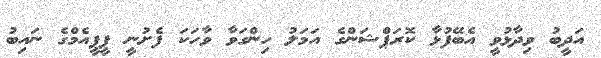
އަދީބު ވިދާޅުވީ އެބޭފުޅާ ކޮރަޕްޝަންގެ އަމަލު ހިންގަވާ ވާހަކަ ފެށުނީ ޕީޕީއެމްގެ ނައިބު